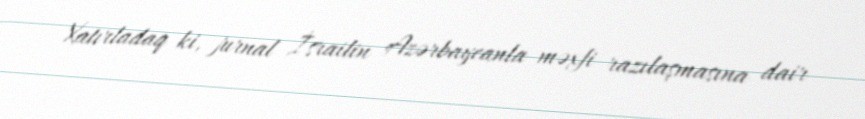
Xatırladaq ki, jurnal İsrailin Azərbaycanla məxfi razılaşmasına dair